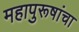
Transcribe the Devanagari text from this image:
महापुरूषांचा